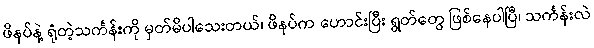
ဖိနပ်နဲ့ ရုံတဲ့သင်္ကန်းကို မှတ်မိပါသေးတယ်၊ ဖိနပ်က ဟောင်းပြီး ရွတ်တွေ ဖြစ်နေပါပြီ၊ သင်္ကန်းလဲ